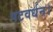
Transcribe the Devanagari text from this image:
पटवर्धन।